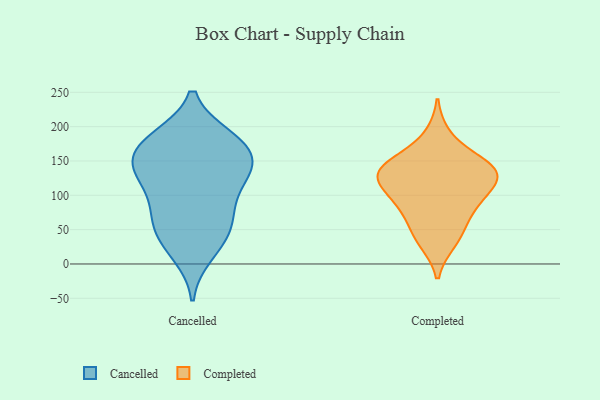
{"axis": {"x": "LTV (USD)", "y": "Value"}, "legend": ["Cancelled", "Completed"], "data": [{"x": "", "y": 178, "type": "Cancelled"}, {"x": "", "y": 174, "type": "Cancelled"}, {"x": "", "y": 81, "type": "Cancelled"}, {"x": "", "y": 147, "type": "Cancelled"}, {"x": "", "y": 181, "type": "Cancelled"}, {"x": "", "y": 133, "type": "Cancelled"}, {"x": "", "y": 15, "type": "Cancelled"}, {"x": "", "y": 36, "type": "Cancelled"}, {"x": "", "y": 42, "type": "Cancelled"}, {"x": "", "y": 119, "type": "Cancelled"}, {"x": "", "y": 141, "type": "Cancelled"}, {"x": "", "y": 70, "type": "Cancelled"}, {"x": "", "y": 122, "type": "Cancelled"}, {"x": "", "y": 67, "type": "Cancelled"}, {"x": "", "y": 183, "type": "Cancelled"}, {"x": "", "y": 152, "type": "Cancelled"}, {"x": "", "y": 38, "type": "Completed"}, {"x": "", "y": 96, "type": "Completed"}, {"x": "", "y": 187, "type": "Completed"}, {"x": "", "y": 138, "type": "Completed"}, {"x": "", "y": 131, "type": "Completed"}, {"x": "", "y": 98, "type": "Completed"}, {"x": "", "y": 105, "type": "Completed"}, {"x": "", "y": 149, "type": "Completed"}, {"x": "", "y": 128, "type": "Completed"}, {"x": "", "y": 138, "type": "Completed"}, {"x": "", "y": 146, "type": "Completed"}, {"x": "", "y": 75, "type": "Completed"}, {"x": "", "y": 126, "type": "Completed"}, {"x": "", "y": 32, "type": "Completed"}, {"x": "", "y": 64, "type": "Completed"}]}